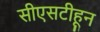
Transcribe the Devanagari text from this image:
सीएसटीहून